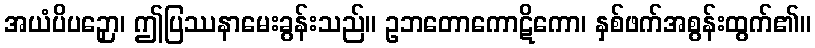
အယံပိပဉှော၊ ဤပြဿနာမေးခွန်းသည်။ ဥဘတောကောဋိကော၊ နှစ်ဖက်အစွန်းထွက်၏။